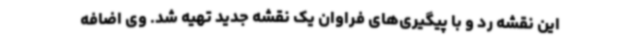
این نقشه رد و با پیگیری‌های فراوان یک نقشه جدید تهیه شد. وی اضافه